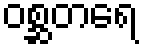
ဝစ္ဆတရေ